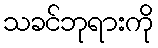
သခင်ဘုရားကို